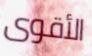
الأقوى